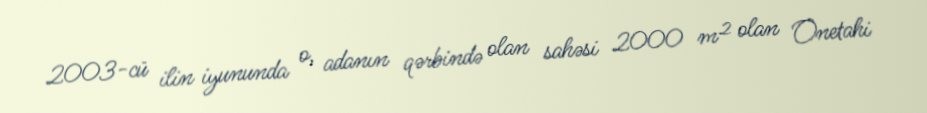
2003-cü ilin iyununda o, adanın qərbində olan sahəsi 2000 m² olan Onetahi